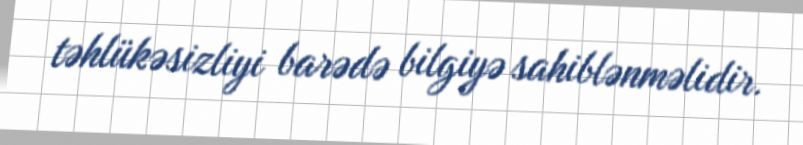
təhlükəsizliyi barədə bilgiyə sahiblənməlidir.